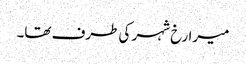
میرا رخ شہر کی طرف تھا۔